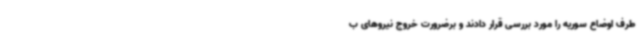
طرف اوضاع سوریه را مورد بررسی قرار دادند و برضرورت خروج نیروهای ب